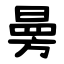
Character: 㬅